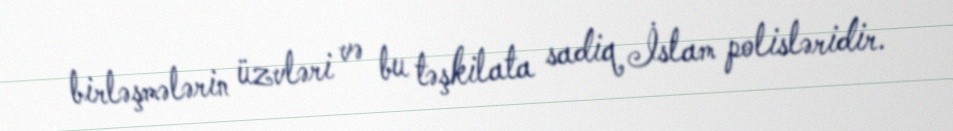
birləşmələrin üzvləri və bu təşkilata sadiq İslam polisləridir.